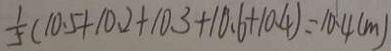
\frac { 1 } { 5 } ( 1 0 . 5 + 1 0 . 2 + 1 0 . 3 + 1 0 . 6 + 1 0 . 4 ) = 1 0 . 4 ( m )